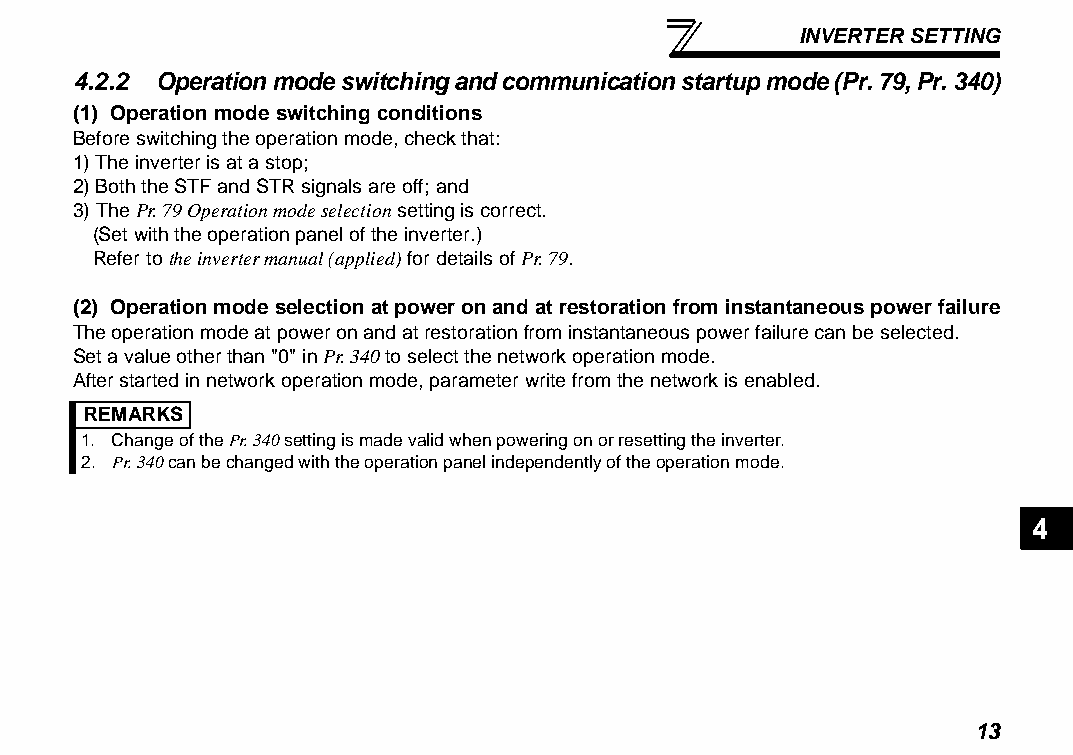
INVERTER SETTING
 4.2.2 Operation mode switching and communication startup mode (Pr. 79, Pr. 340)
 (1) Operation mode switching conditions
 Before switching the operation mode, check that:
 1) The inverter is at a stop;
 2) Both the STF and STR signals are off; and
 3) The Pr. 79 Operation mode selection setting is correct.
 (Set with the operation panel of the inverter.)
 Refer to the inverter manual (applied) for details of Pr. 79.
 (2) Operation mode selection at power on and at restoration from instantaneous power failure
 The operation mode at power on and at restoration from instantaneous power failure can be selected.
 Set a value other than "0" in Pr. 340 to select the network operation mode.
 After started in network operation mode, parameter write from the network is enabled.
 REMARKS
 1. Change of the Pr. 340 setting is made valid when powering on or resetting the inverter.
 2. Pr. 340 can be changed with the operation panel independently of the operation mode.
 4
 13